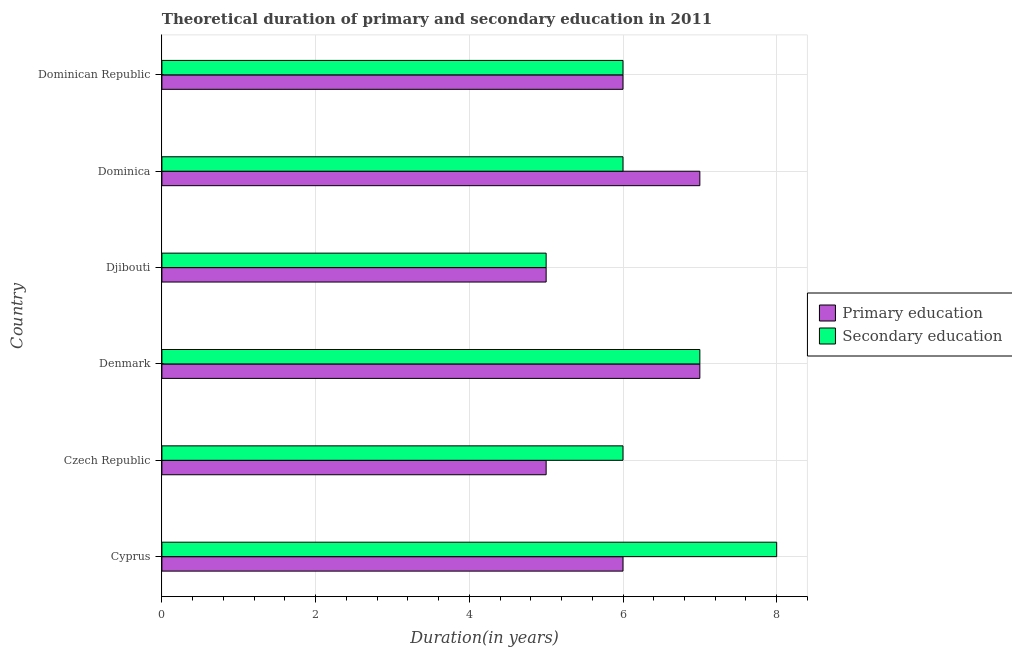
| Country | Primary education | Secondary education |
 | --- | --- | --- |
 | Cyprus | 6 | 8 |
 | Czech Republic | 5 | 6 |
 | Denmark | 7 | 7 |
 | Djibouti | 5 | 5 |
 | Dominica | 7 | 6 |
 | Dominican Republic | 6 | 6 |